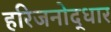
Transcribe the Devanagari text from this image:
हरिजनोद्धार